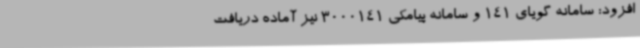
افزود: سامانه گویای 141 و سامانه پیامکی 3000141 نیز آماده دریافت